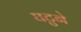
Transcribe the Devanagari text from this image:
घटुने